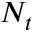
N _ { t }